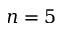
n = 5